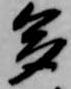
多